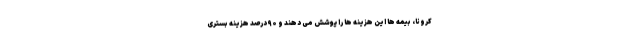
کرونا، بیمه ها این هزینه ها را پوشش می دهند و ۹۰ درصد هزینه بستری